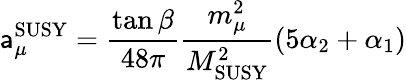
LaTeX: \mathsf{a}_{\mu}^{\mathrm{{SUSY}}}={\frac{{\tan\beta}}{{48\pi}}}{\frac{{m_{\mu}^{2}}}{{M_{\mathrm{{SUSY}}}^{2}}}}(5\alpha_{2}+\alpha_{1})